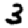
Digit: 3